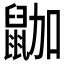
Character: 鿼